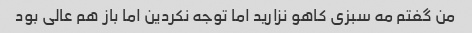
من گفتم مه سبزی کاهو نزارید اما توجه نکردین اما باز هم عالی بود